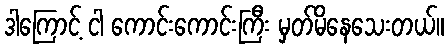
ဒါကြောင့် ငါ ကောင်းကောင်းကြီး မှတ်မိနေသေးတယ်။